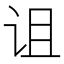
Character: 诅